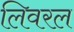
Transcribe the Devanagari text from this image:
लिवरल